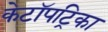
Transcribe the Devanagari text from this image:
केटॉपट्रिका